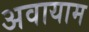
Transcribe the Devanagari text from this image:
अवायाम